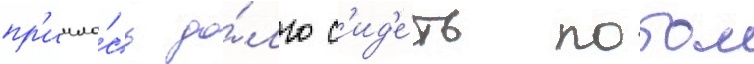
пр'ишло́сь до́лго с'ид'е́ть потом